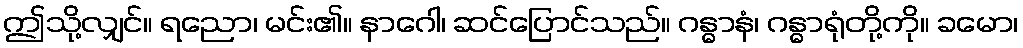
ဤသို့လျှင်။ ရညော၊ မင်း၏။ နာဂေါ၊ ဆင်ပြောင်သည်။ ဂန္ဓာနံ၊ ဂန္ဓာရုံတို့ကို။ ခမော၊